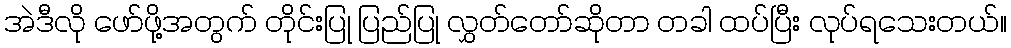
အဲဒီလို ဖော်ဖို့အတွက် တိုင်းပြု ပြည်ပြု လွှတ်တော်ဆိုတာ တခါ ထပ်ပြီး လုပ်ရသေးတယ်။